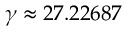
\gamma \approx 2 7 . 2 2 6 8 7